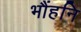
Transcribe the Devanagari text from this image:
भौंहनि